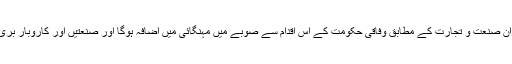
خیبر پختونخوا میں ایوان صنعت و تجارت کے مطابق وفاقی حکومت کے اس اقدام سے صوبے میں مہنگائی میں اضافہ ہوگا اور صنعتیں اور کاروبار بری طرح متاثر ہوں گے۔